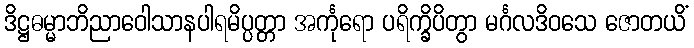
ဒိဋ္ဌဓမ္မာဘိညာဝေါသာနပါရမိပ္ပတ္တာ အင်္ကုရော ပရိက္ခိပိတွာ မင်္ဂလဒိဝသေ ဇောတယိံ